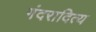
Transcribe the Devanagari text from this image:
गंदरादित्य